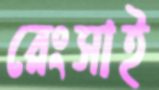
রেংসাই